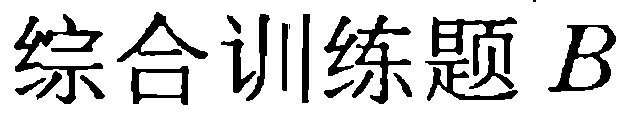
综合训练题B